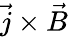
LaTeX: {\vec{j}}\times{\vec{B}}